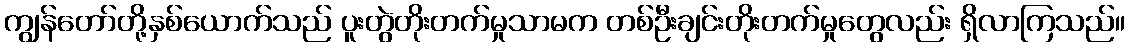
ကျွန်တော်တို့နှစ်ယောက်သည် ပူးတွဲတိုးတက်မှုသာမက တစ်ဦးချင်းတိုးတက်မှုတွေလည်း ရှိလာကြသည်။